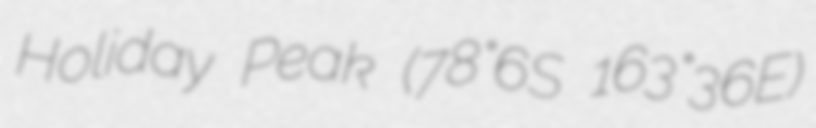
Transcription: Holiday Peak (78°6′S 163°36′E)